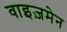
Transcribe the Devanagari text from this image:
वाइज़मेन